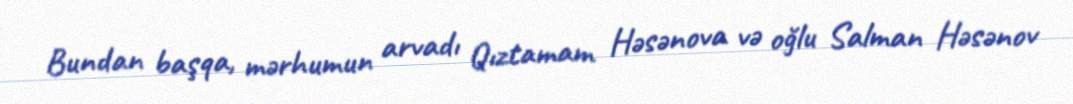
Bundan başqa, mərhumun arvadı Qıztamam Həsənova və oğlu Salman Həsənov